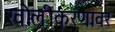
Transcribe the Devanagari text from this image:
खोलीकरणावर